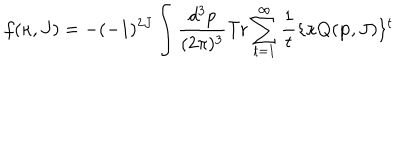
f ( \kappa , J ) = - ( - 1 ) ^ { 2 J } \int \frac { d ^ { 3 } p } { ( 2 \pi ) ^ { 3 } } \mathrm { T r } \sum _ { t = 1 } ^ { \infty } \frac { 1 } { t } \{ \kappa Q ( { \bf p } , J ) \} ^ { t }